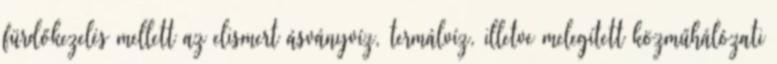
fürdőkezelés mellett az elismert ásványvíz, termálvíz, illetve melegített közműhálózati